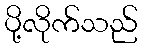
ပို့လိုက်သည်